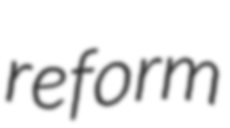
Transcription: reform